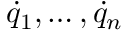
{ \dot { q } } _ { 1 } , \dots , { \dot { q } } _ { n }